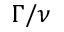
\Gamma / \nu